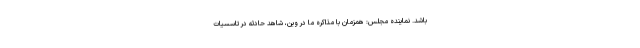
باشد. نماینده مجلس: همزمان با مذاکره ما در وین، شاهد حادثه در تاسسیات